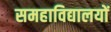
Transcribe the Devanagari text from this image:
समहाविद्यालयों